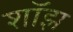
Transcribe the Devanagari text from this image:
शॉझ